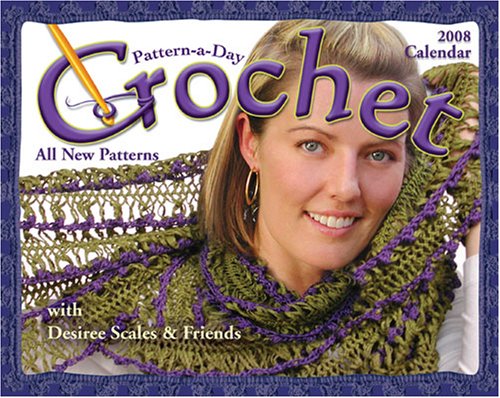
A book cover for Crochet Pattern-a-Day: 2008 Day-to-Day Calendar; Desiree Scales; Calendars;